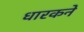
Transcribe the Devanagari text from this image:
धारकने